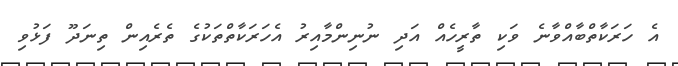
އެ ހަރަކާތްބާއްވާނެ ވަކި ތާރީހެއް އަދި ނުނިންމާއިރު އެހަރަކާތްތަކުގެ ތެރެއިން ތިނަދޫ ފަޅުވި